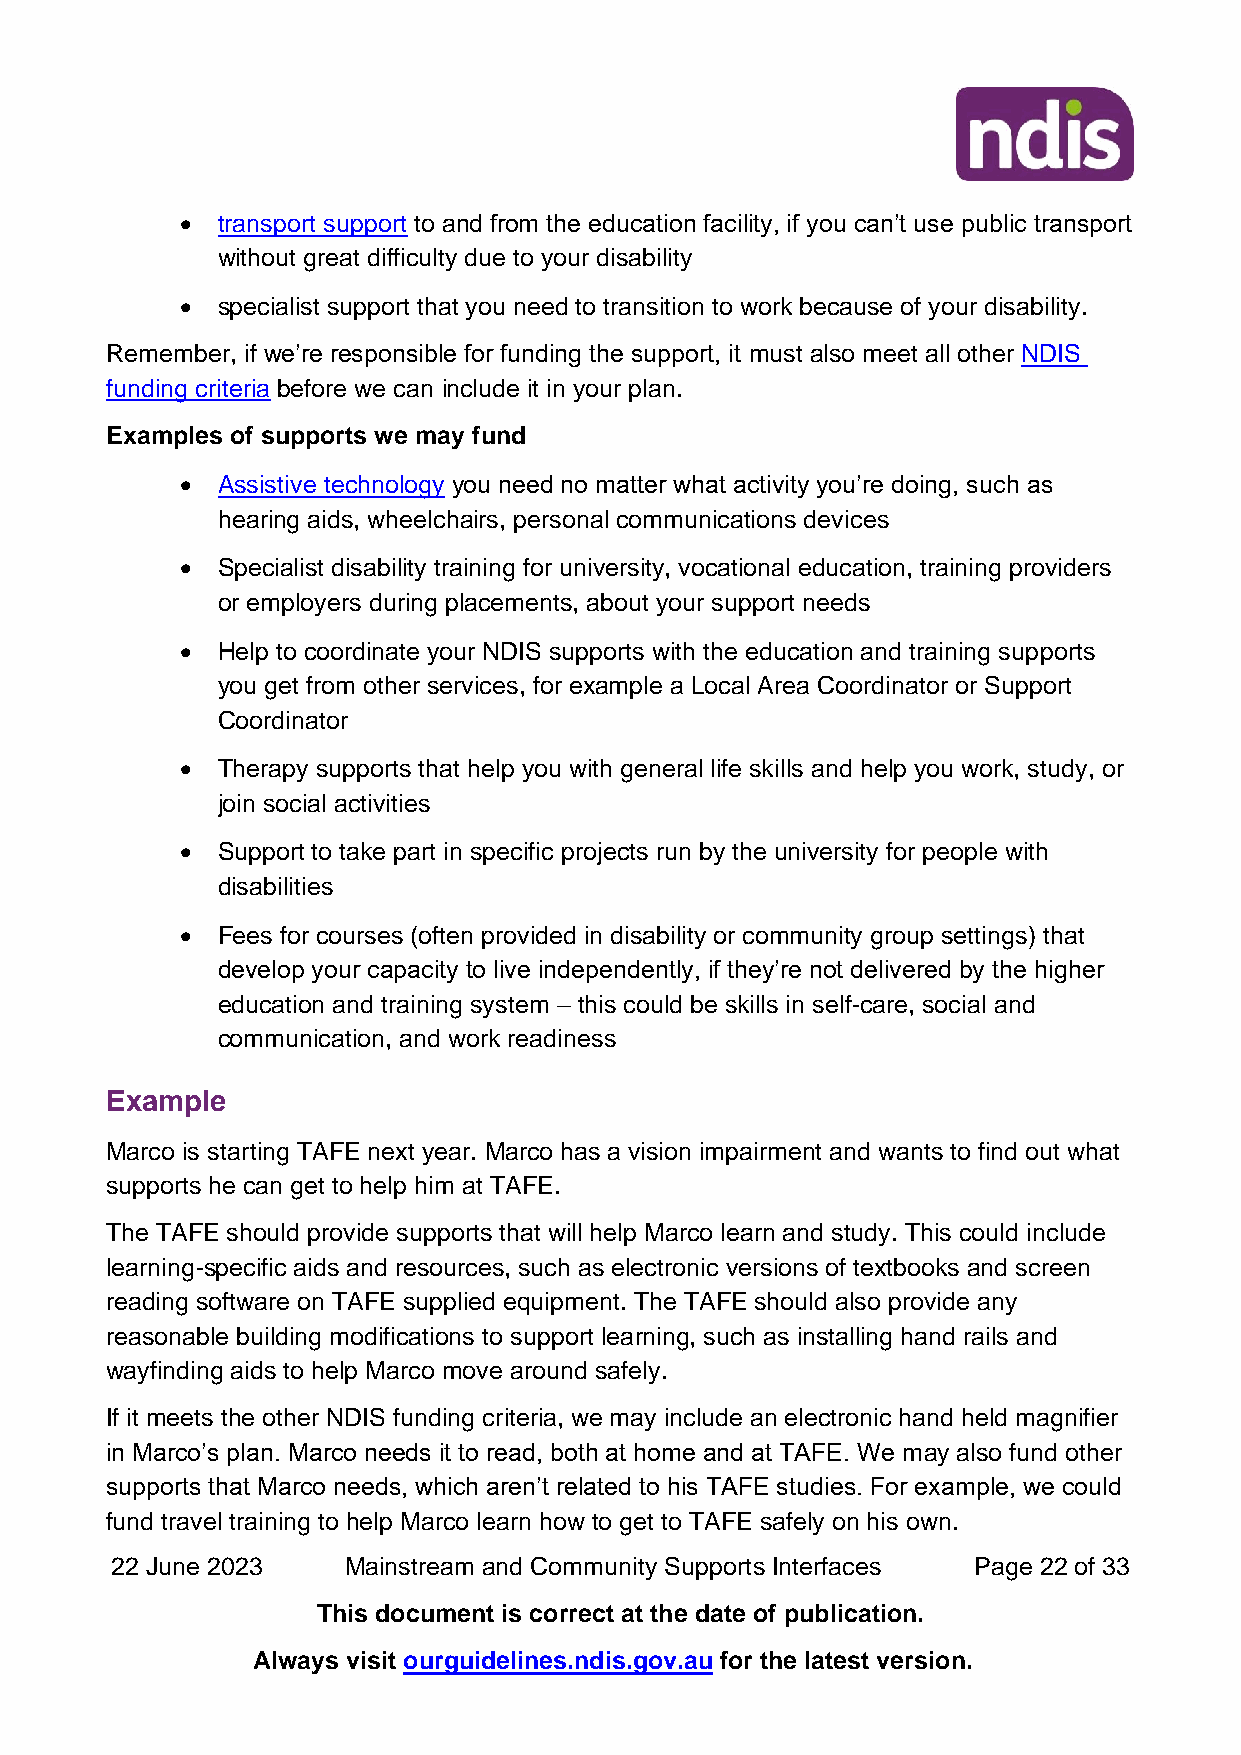
• transport support to and from the education facility, if you can’t use public transport
 without great difficulty due to your disability
 • specialist support that you need to transition to work because of your disability.
 Remember, if we’re responsible for funding the support, it must also meet all other NDIS
 funding criteria before we can include it in your plan.
 Examples of supports we may fund
 • Assistive technology you need no matter what activity you’re doing, such as
 hearing aids, wheelchairs, personal communications devices
 • Specialist disability training for university, vocational education, training providers
 or employers during placements, about your support needs
 • Help to coordinate your NDIS supports with the education and training supports
 you get from other services, for example a Local Area Coordinator or Support
 Coordinator
 • Therapy supports that help you with general life skills and help you work, study, or
 join social activities
 • Support to take part in specific projects run by the university for people with
 disabilities
 • Fees for courses (often provided in disability or community group settings) that
 develop your capacity to live independently, if they’re not delivered by the higher
 education and training system – this could be skills in self-care, social and
 communication, and work readiness
 Example
 Marco is starting TAFE next year. Marco has a vision impairment and wants to find out what
 supports he can get to help him at TAFE.
 The TAFE should provide supports that will help Marco learn and study. This could include
 learning-specific aids and resources, such as electronic versions of textbooks and screen
 reading software on TAFE supplied equipment. The TAFE should also provide any
 reasonable building modifications to support learning, such as installing hand rails and
 wayfinding aids to help Marco move around safely.
 If it meets the other NDIS funding criteria, we may include an electronic hand held magnifier
 in Marco’s plan. Marco needs it to read, both at home and at TAFE. We may also fund other
 supports that Marco needs, which aren’t related to his TAFE studies. For example, we could
 fund travel training to help Marco learn how to get to TAFE safely on his own.
 22 June 2023    Mainstream and Community Supports Interfaces Page 22 of 33
 This document is correct at the date of publication.
 Always visit ourguidelines.ndis.gov.au for the latest version.